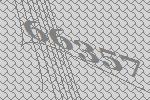
66357